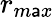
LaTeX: r_{m\mathsf{a}x}